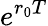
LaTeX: e^{r_{0}T}